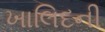
ખાલિદની